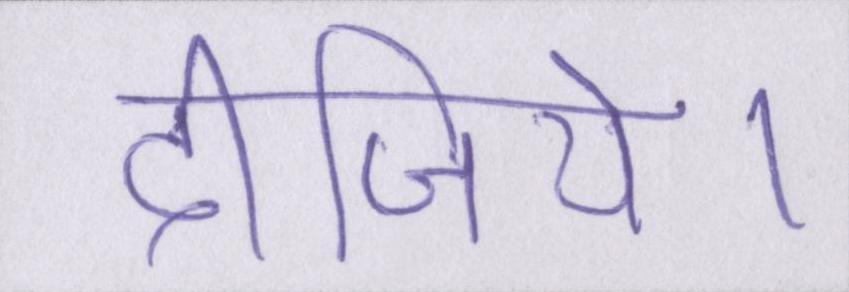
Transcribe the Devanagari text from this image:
दीजिये।